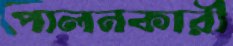
পালনকারী